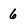
Character: 6